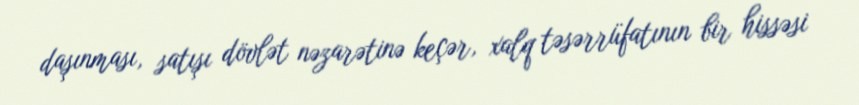
daşınması, satışı dövlət nəzarətinə keçər, xalq təsərrüfatının bir hissəsi